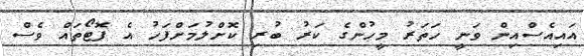
އައިއެސްއިން ވަނީ ހަތަރު މީހުންގެ ކަރު ބުރި ކޮށްލުމަށްފަހު އެ ފޮޓޯތައް ވެސް